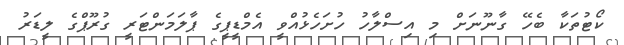
ކޯޓުތަކާ ބެހޭ ގާނޫނަށް މި އިސްލާހު ހުށަހެޅުއްވީ އެމްޑީޕީގެ ޕާލަމަންޓަރީ ގުރޫޕްގެ ލީޑަރު